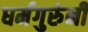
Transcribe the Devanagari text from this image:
धर्मगुरुंनी